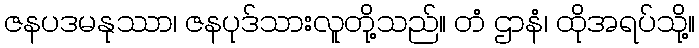
ဇနပဒမနုဿာ၊ ဇနပုဒ်သားလူတို့သည်။ တံ ဌာနံ၊ ထိုအရပ်သို့။